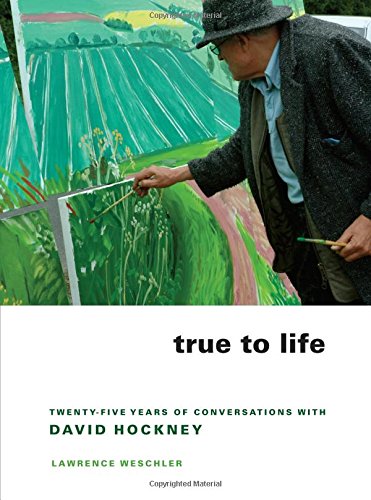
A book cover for True to Life: Twenty-Five Years of Conversations with David Hockney; Lawrence Weschler; Politics & Social Sciences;